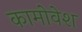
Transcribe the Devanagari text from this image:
कामोवेश